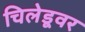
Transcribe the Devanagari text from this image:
चिलेडूवर